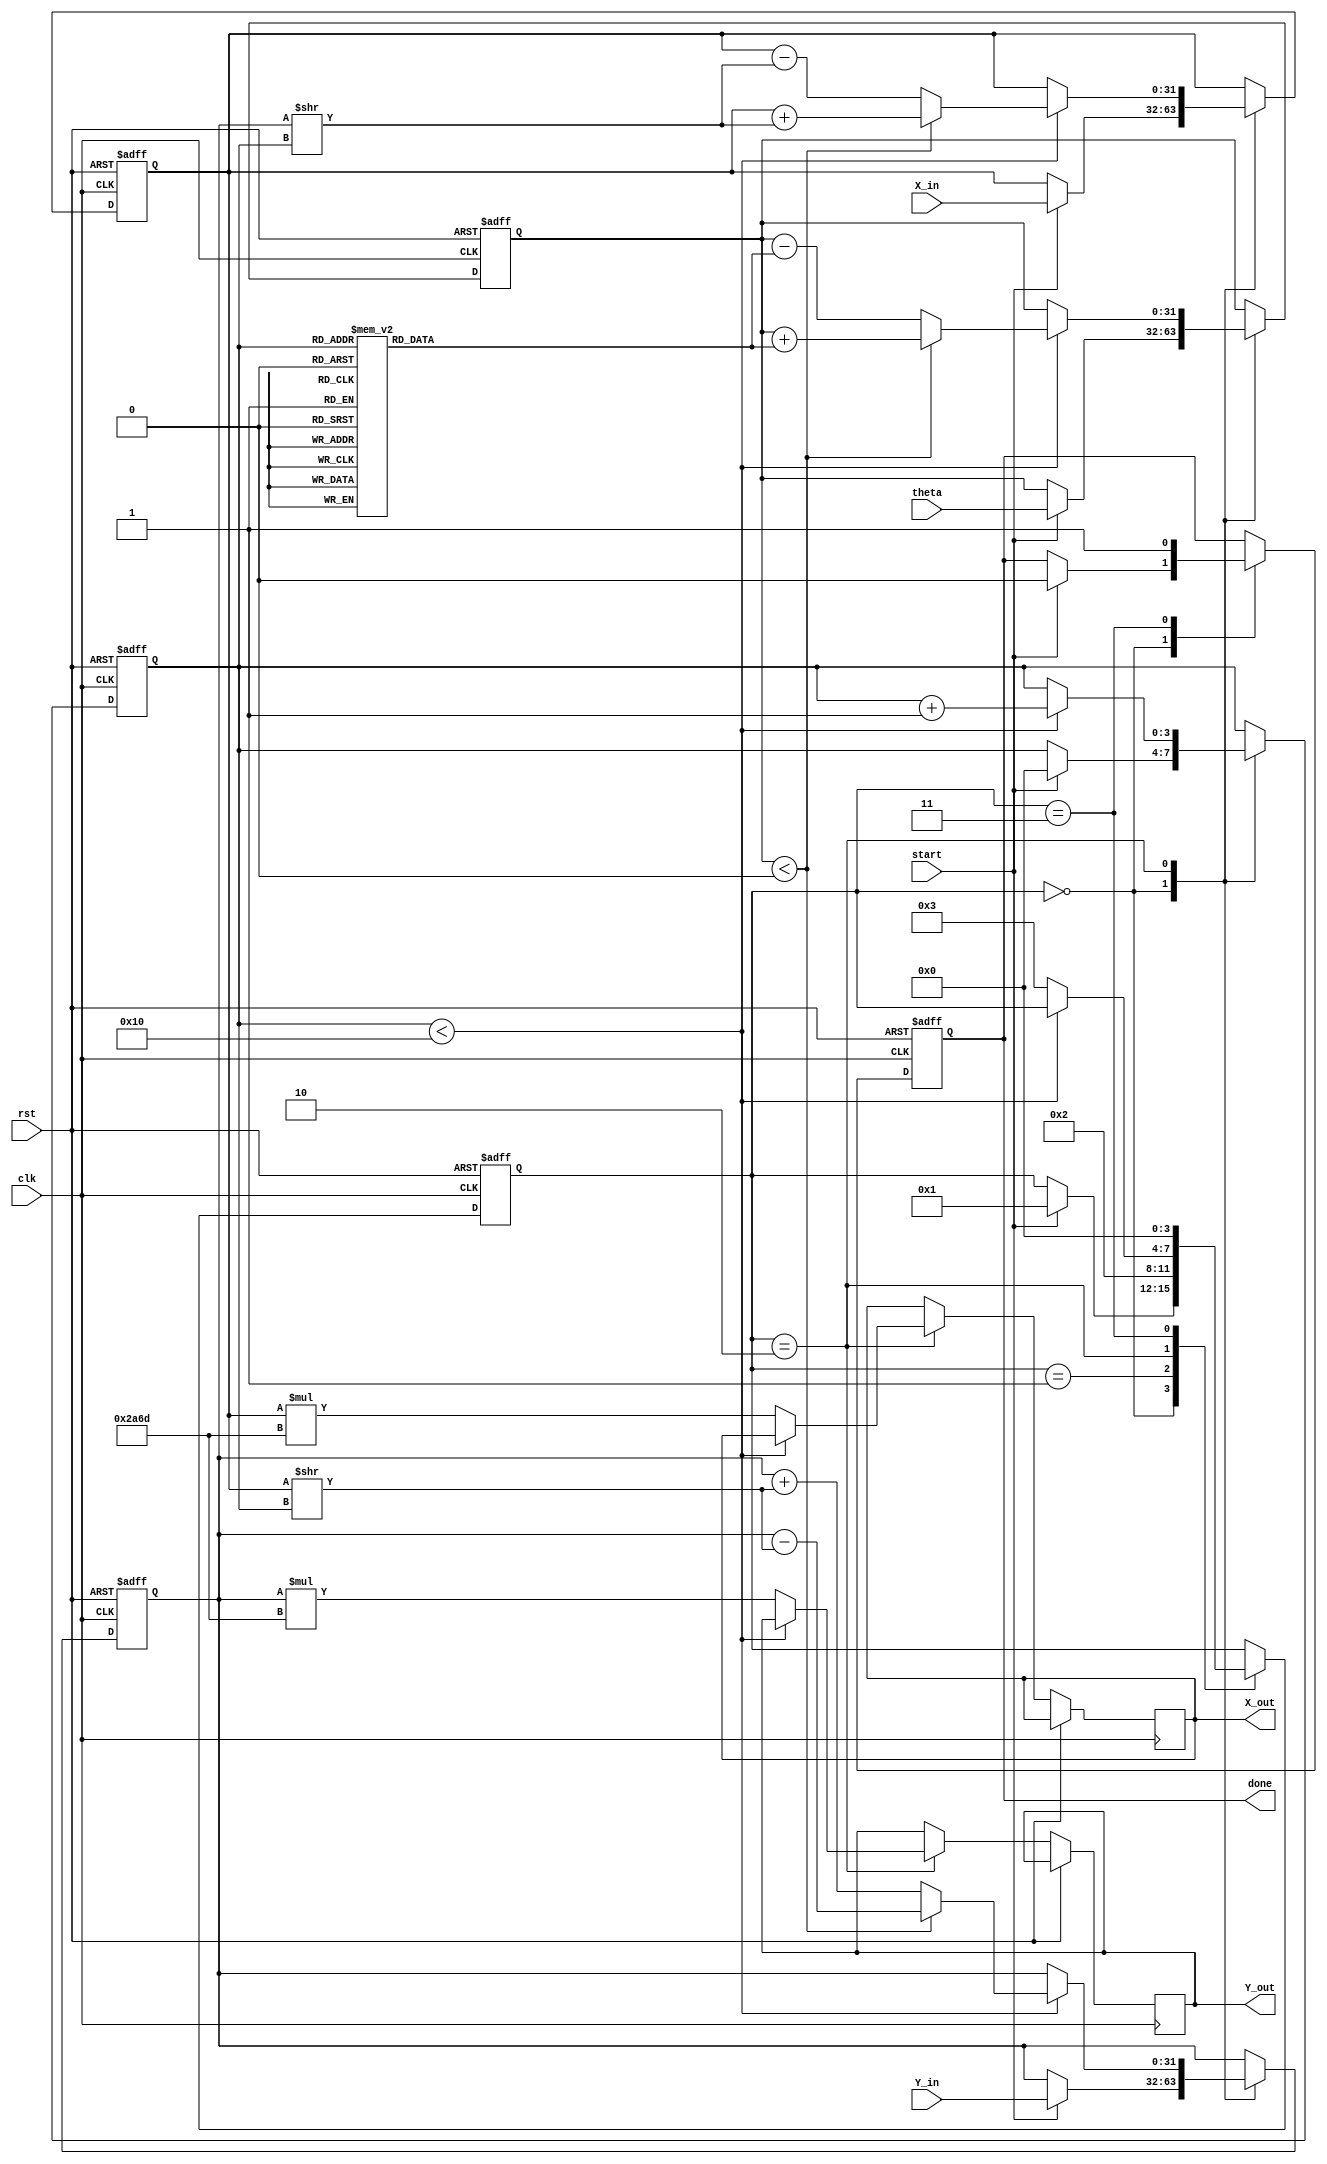
module CORDIC (
    input wire clk,
    input wire rst,
    input wire [31:0] X_in,    // IEEE 754 single precision float for X
    input wire [31:0] Y_in,    // IEEE 754 single precision float for Y
    input wire [31:0] theta,    // Angle in radians (IEEE 754)
    input wire start,           // Start signal for the CORDIC operation
    output reg [31:0] X_out,    // Resulting X output
    output reg [31:0] Y_out,    // Resulting Y output
    output reg done             // Signal indicating completion
);

    // CORDIC Configuration
    parameter ITERATIONS = 16; // Number of CORDIC iterations
    reg [31:0] X;               // Current X value
    reg [31:0] Y;               // Current Y value
    reg [31:0] Z;               // Current angle
    
    // Precomputed arctangent values for CORDIC
    reg [31:0] atan_table [0:ITERATIONS-1];

    // Scaling factor
    parameter scale_factor = 32'h2A6D; // Example fixed-point scaling factor (based on iterations)

    // Initialize the arctangent lookup table
    initial begin
        atan_table[0] = 32'h20000000; // atan(2^-0) in fixed-point
        atan_table[1] = 32'h16666667; // atan(2^-1) in fixed-point
        atan_table[2] = 32'h0D4DBA3E; // atan(2^-2) in fixed-point
        // Fill out the rest of the atan_table...
    end

    // State machine for CORDIC operation
    reg [3:0] state;
    reg [3:0] count;

    localparam IDLE = 4'b0000;
    localparam INIT = 4'b0001;
    localparam CALC = 4'b0010;
    localparam DONE = 4'b0011;

    always @(posedge clk or posedge rst) begin
        if (rst) begin
            X <= 0;
            Y <= 0;
            Z <= 0;
            state <= IDLE;
            done <= 0;
            count <= 0;
        end else begin
            case (state)
                IDLE: begin
                    if (start) begin
                        X <= X_in;
                        Y <= Y_in;
                        Z <= theta; // Load angle
                        state <= INIT;
                        count <= 0;
                        done <= 0;
                    end
                end

                INIT: begin
                    // Initialization completed, start computation
                    state <= CALC;
                end

                CALC: begin
                    if (count < ITERATIONS) begin
                        if (Z < 0) begin
                            // Perform rotation clockwise
                            X <= X + (Y >> count);
                            Y <= Y - (X >> count);
                            Z <= Z + atan_table[count];
                        end else begin
                            // Perform rotation counterclockwise
                            X <= X - (Y >> count);
                            Y <= Y + (X >> count);
                            Z <= Z - atan_table[count];
                        end
                        count <= count + 1;
                    end else begin
                        // Apply scaling factor
                        X_out <= X * scale_factor;
                        Y_out <= Y * scale_factor;
                        state <= DONE;
                    end
                end

                DONE: begin
                    done <= 1; // Indicate operation is complete
                    state <= IDLE; // Reset state
                end
            endcase
        end
    end
endmodule